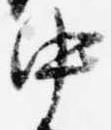
中